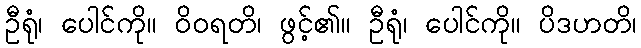
ဦရုံ၊ ပေါင်ကို။ ဝိဝရတိ၊ ဖွင့်၏။ ဦရုံ၊ ပေါင်ကို။ ပိဒဟတိ၊